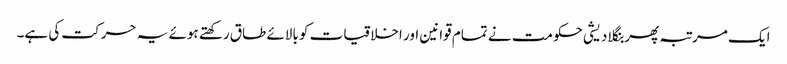
ایک مرتبہ پھر بنگلا دیشی حکومت نے تمام قوانین اور اخلاقیات کو بالائے طاق رکھتے ہوئے یہ حرکت کی ہے۔